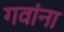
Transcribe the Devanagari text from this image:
गवांना